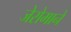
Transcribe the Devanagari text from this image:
जेरोमाने